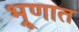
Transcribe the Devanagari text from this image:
भ्रूणात